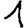
Digit: 1